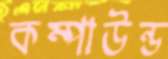
কম্পাউন্ড